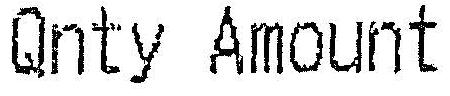
QNTY AMOUNT